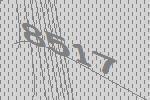
8517